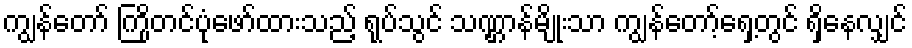
ကျွန်တော် ကြိုတင်ပုံဖော်ထားသည့် ရုပ်သွင် သဏ္ဌာန်မျိုးသာ ကျွန်တော့်ရှေ့တွင် ရှိနေလျှင်